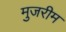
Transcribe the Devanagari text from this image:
मुजरीम